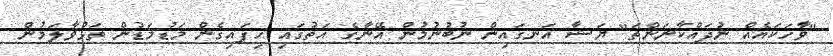
"ވާހަކައެއް ނުދައްކާނަންތަ" ޔަޝާ އަނގައިން ނުބުނުމުން އޭނާގެ އަތުގައި ހިފައިގެން މަޑުމަޑުން ތަޅުވާލަމުން